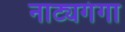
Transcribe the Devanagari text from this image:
नाट्यगंगा